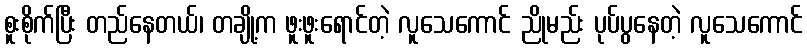
စူးစိုက်ပြီး တည်နေတယ်၊ တချို့က ဖူးဖူးရောင်တဲ့ လူသေကောင် ညိုမည်း ပုပ်ပွနေတဲ့ လူသေကောင်